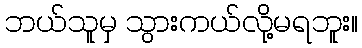
ဘယ်သူမှ သွားကယ်လို့မရဘူး။